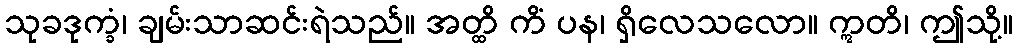
သုခဒုက္ခံ၊ ချမ်းသာဆင်းရဲသည်။ အတ္ထိ ကိံ ပန၊ ရှိလေသလော။ ဣတိ၊ ဤသို့။